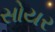
સોયર